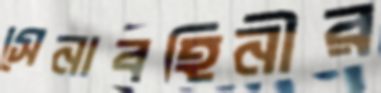
সেনাবহিনীর